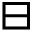
\boxminus